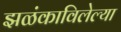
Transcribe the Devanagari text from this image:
झळंकाविलेल्या